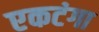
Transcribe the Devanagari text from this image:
एकटंगा